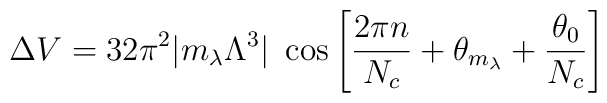
\Delta V = 32 \pi^2 |m_\lambda \Lambda^3|~ \cos \left[ {2 \pi n \over N_c} +\theta_{m_\lambda} + {\theta_0 \over N_c} \right]